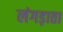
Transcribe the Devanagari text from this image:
लंगड़ाता